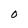
Character: O